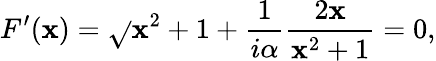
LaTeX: F^{\prime}(\mathbf{x})=\sqrt{}{{\mathbf{x}^{2}+1}}+{\frac{{1}}{{i\alpha}}}{\frac{{2\mathbf{x}}}{{\mathbf{x}^{2}+1}}}=0,